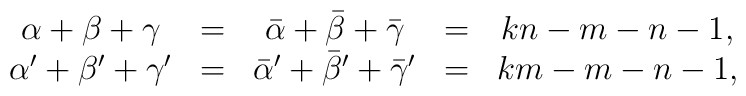
\begin{array}{ccccc}     \alpha+\beta+\gamma &=& \bar{\alpha}+\bar{\beta}+\bar{\gamma} &=& kn-m-n-1 ,\\     \alpha'+\beta'+\gamma' &=& \bar{\alpha}'+\bar{\beta}'+\bar{\gamma}' &=& km-m-n-1,\end{array}